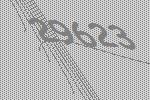
29623